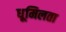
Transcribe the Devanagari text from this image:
धूमिलता